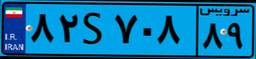
۴۳S۰۶۱۳۵